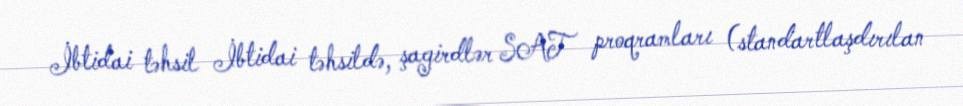
İbtidai təhsil İbtidai təhsildə, şagirdlər SAT proqramları (standartlaşdırılan